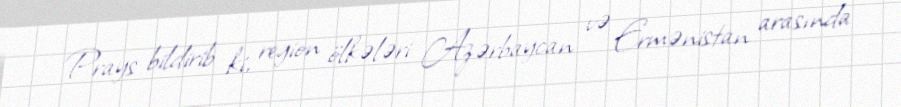
Prays bildirib ki, region ölkələri Azərbaycan və Ermənistan arasında